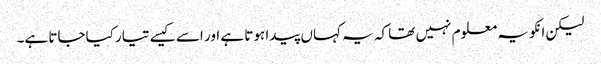
لیکن انکو یہ معلوم نہیں تھا کہ یہ کہاں پیدا ہوتا ہے اور اسے کیسے تیار کیاجاتا ہے۔